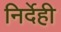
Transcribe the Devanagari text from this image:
निर्देही